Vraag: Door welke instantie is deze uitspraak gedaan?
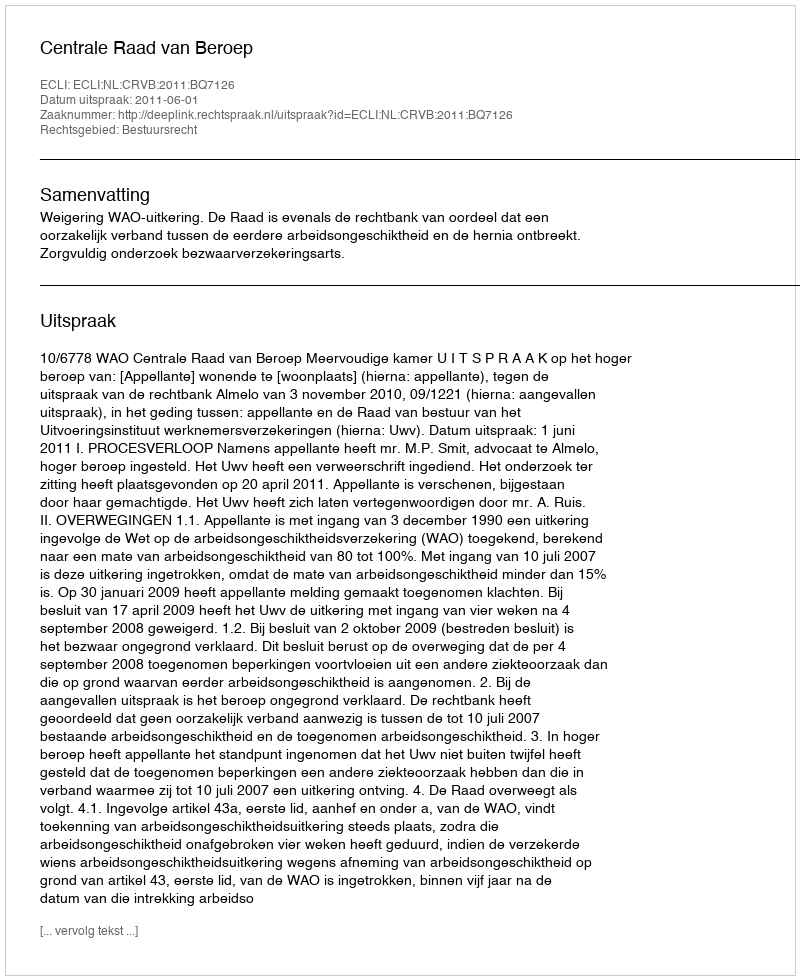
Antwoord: Centrale Raad van Beroep